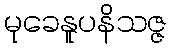
မုခေနူပနိသဇ္ဇ